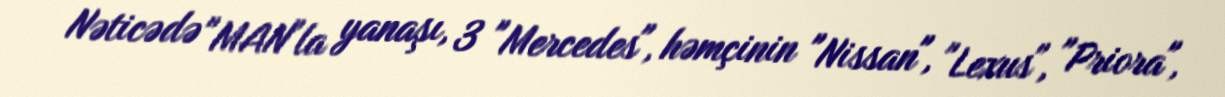
Nəticədə "MAN"la yanaşı, 3 "Mercedes", həmçinin "Nissan", "Lexus", "Priora",